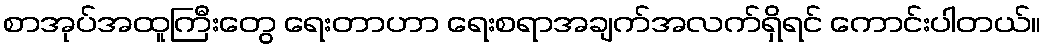
စာအုပ်အထူကြီးတွေ ရေးတာဟာ ရေးစရာအချက်အလက်ရှိရင် ကောင်းပါတယ်။